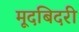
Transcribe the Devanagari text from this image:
मूदबिदरी